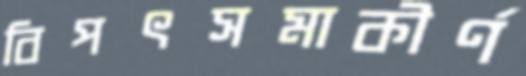
বিপৎসমাকীর্ণ